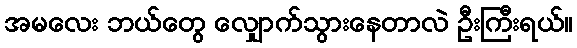
အမလေး ဘယ်တွေ လျှောက်သွားနေတာလဲ ဦးကြီးရယ်။